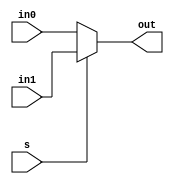
// LPM Mux
//

module lpm_mux2
(
	in0,
	in1,
	s,
	out
);

parameter WIDTH = 8;

input		wire		[WIDTH-1:0]		in0;
input		wire		[WIDTH-1:0]		in1;
input		wire							s;
output	reg 		[WIDTH-1:0] 	out;

always @(in0 or in1 or s)
begin
	case (s)
		0: out = in0;
		default: out = in1;
	endcase
end

endmodule